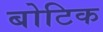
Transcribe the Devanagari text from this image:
बोटिक